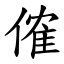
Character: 傕